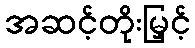
အဆင့်တိုးမြှင့်